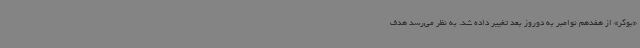
«بوکر» از هفدهم نوامبر به دوروز بعد تغییر داده شد. به نظر می‌رسد هدف